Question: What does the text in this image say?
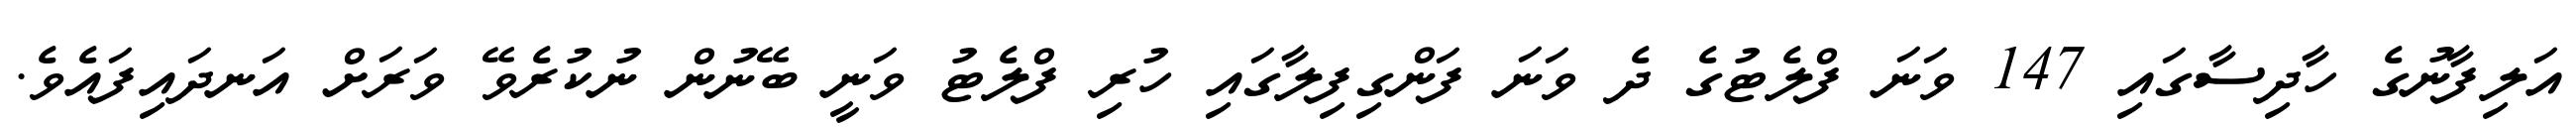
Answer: އަލިފާނުގެ ހާދިސާގައި 147 ވަނަ ފްލެޓުގެ ދެ ވަނަ ފަންގިފިލާގައި ހުރި ފްލެޓު ވަނީ ބޭނުން ނުކުރެވޭ ވަރަށް އަނދައިފައެވެ.